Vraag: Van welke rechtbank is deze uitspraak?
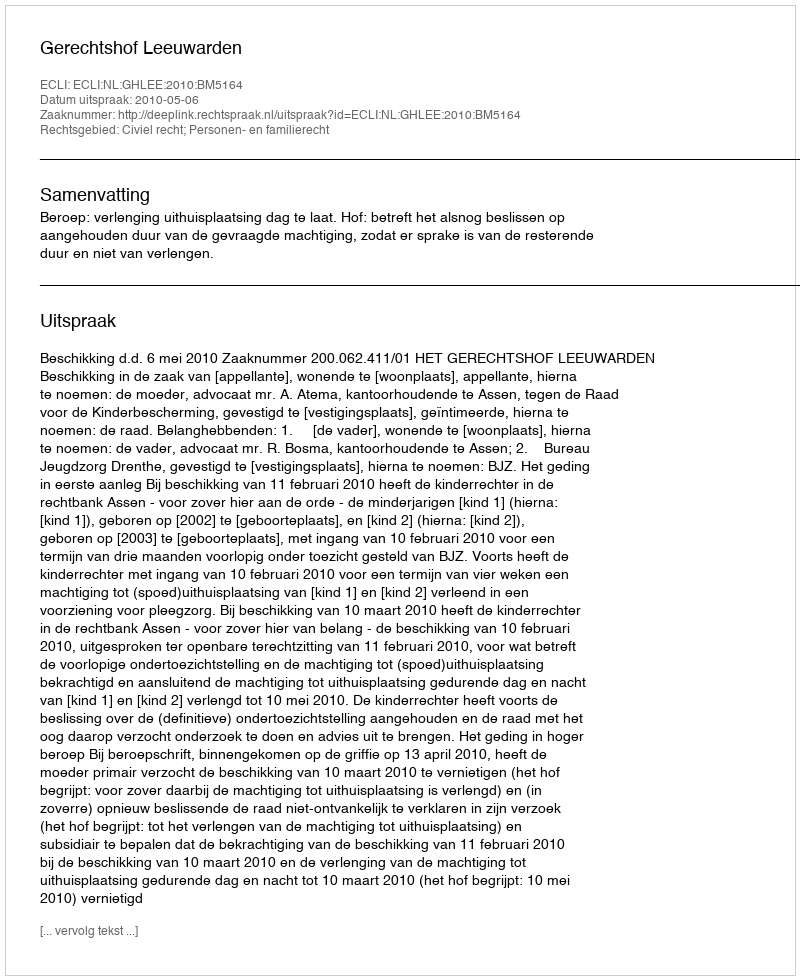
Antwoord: Gerechtshof Leeuwarden